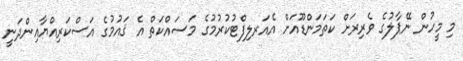
މި މީހުން ނޭޕާލުގެ ވެރިރަށް ކަތަމަންޑޫއަށް އެއަރލިފްޓުކުރުމުގެ މަސައްކަތް އެ ޤައުމުގެ އަސްކަރިއްޔާއިންދަނީ